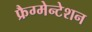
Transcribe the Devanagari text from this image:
फ्रैग्मेन्टेशन